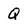
Character: Q